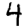
Digit: 4